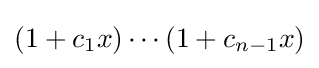
(1+c_{1}x)\cdots (1+c_{n-1}x)